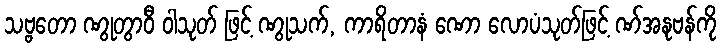
သဗ္ဗတော ဏွုတွာဝီ ဝါသုတ် ဖြင့် ဏွုသက်, ကာရိတာနံ ဏော လောပံသုတ်ဖြင့် ဏ်အနုဗန်ကို